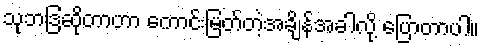
သုဘဒြဆိုတာဟာ ကောင်းမြတ်တဲ့အချိန်အခါလို့ ပြောတာပါ။